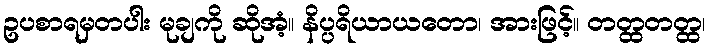
ဥပစာရမှတပါး မုချကို ဆိုအံ့။ နိပ္ပရိယာယတော၊ အားဖြင့်။ တတ္ထတတ္ထ၊